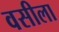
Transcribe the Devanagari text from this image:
वसीला